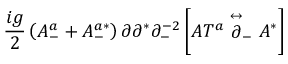
\frac { i g } { 2 } \left( { \cal A } _ { - } ^ { a } + { \cal A } _ { - } ^ { a * } \right) \partial \partial ^ { * } \partial _ { - } ^ { - 2 } \left[ A T ^ { a } \stackrel { \leftrightarrow } { \partial } _ { - } A ^ { * } \right]